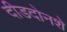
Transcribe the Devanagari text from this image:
दीडदोनशे